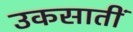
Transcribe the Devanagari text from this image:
उकसातीं